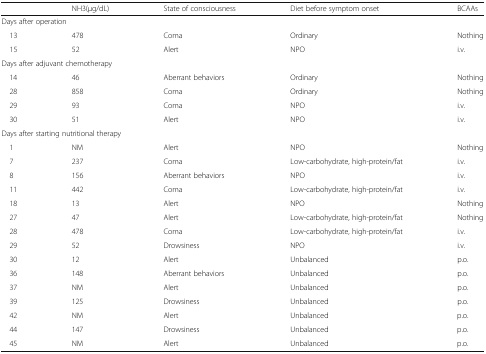
|  | NH3(μg/dL) | State of consciousness | Diet before symptom onset | BCAAs |
 | --- | --- | --- | --- | --- |
 | <COLSPAN=5> Days after operation |
 | 13 | 478 | Coma | Ordinary | Nothing |
 | 15 | 52 | Alert | NPO | i.v. |
 | <COLSPAN=5> Days after adjuvant chemotherapy |
 | 14 | 46 | Aberrant behaviors | Ordinary | Nothing |
 | 28 | 858 | Coma | Ordinary | Nothing |
 | 29 | 93 | Coma | NPO | i.v. |
 | 30 | 51 | Alert | NPO | i.v. |
 | <COLSPAN=5> Days after starting nutritional therapy |
 | 1 | NM | Alert | NPO | Nothing |
 | 7 | 237 | Coma | Low-carbohydrate, high-protein/fat | i.v. |
 | 8 | 156 | Aberrant behaviors | NPO | i.v. |
 | 11 | 442 | Coma | Low-carbohydrate, high-protein/fat | i.v. |
 | 18 | 13 | Alert | NPO | Nothing |
 | 27 | 47 | Alert | Low-carbohydrate, high-protein/fat | Nothing |
 | 28 | 478 | Coma | Low-carbohydrate, high-protein/fat | i.v. |
 | 29 | 52 | Drowsiness | NPO | i.v. |
 | 30 | 12 | Alert | Unbalanced | p.o. |
 | 36 | 148 | Aberrant behaviors | Unbalanced | p.o. |
 | 37 | NM | Alert | Unbalanced | p.o. |
 | 39 | 125 | Drowsiness | Unbalanced | p.o. |
 | 42 | NM | Alert | Unbalanced | p.o. |
 | 44 | 147 | Drowsiness | Unbalanced | p.o. |
 | 45 | NM | Alert | Unbalanced | p.o. |